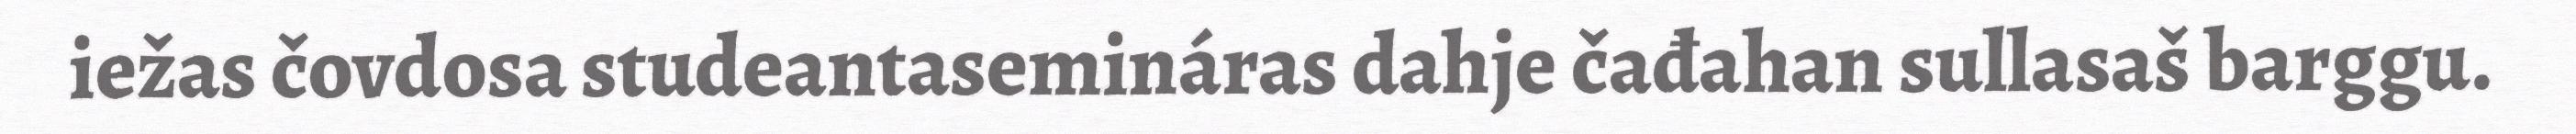
iežas čovdosa studeantasemináras dahje čađahan sullasaš barggu.